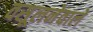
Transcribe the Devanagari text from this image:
वसूलनेवाले